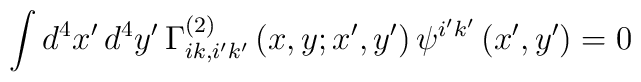
\int d^{4}x^{\prime }\,d^{4}y^{\prime }\,\Gamma _{ik,i^{\prime }k^{\prime}}^{\left( 2\right) }\left( x,y;x^{\prime },y^{\prime }\right) \psi^{i^{\prime }k^{\prime }}\left( x^{\prime },y^{\prime }\right) =0